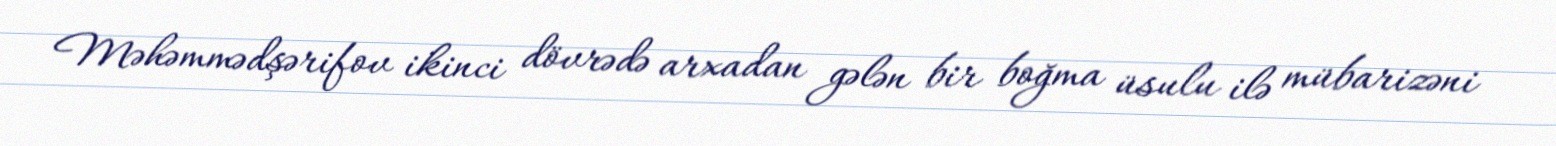
Məhəmmədşərifov ikinci dövrədə arxadan gələn bir boğma üsulu ilə mübarizəni